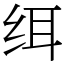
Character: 䌺